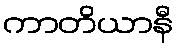
ကာတိယာနီ